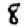
Digit: 8